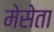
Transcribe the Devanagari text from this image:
मेसेता